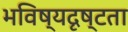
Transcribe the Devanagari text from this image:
भविष्यदृष्टता